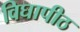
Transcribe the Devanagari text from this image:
विघापीठ